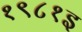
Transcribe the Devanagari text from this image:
१९८१इ